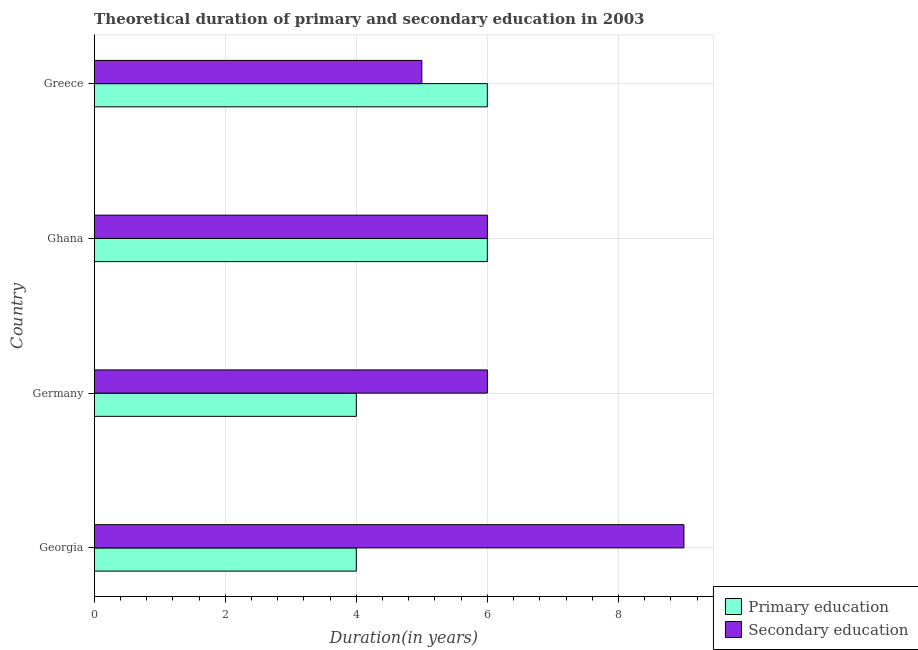
| Country | Primary education | Secondary education |
 | --- | --- | --- |
 | Georgia | 4 | 9 |
 | Germany | 4 | 6 |
 | Ghana | 6 | 6 |
 | Greece | 6 | 5 |